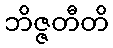
ဘိဇ္ဇတီတိ